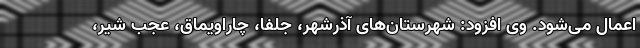
اعمال می‌شود. وی افزود: شهرستان‌های آذرشهر، جلفا، چاراویماق، عجب شیر،